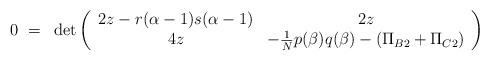
LaTeX: \begin{align*}0 ~=~ \det \left(\begin{array}{cc}2z-r(\alpha-1)s(\alpha-1) & 2z \\4z & - {\mbox{\small{$\frac{1}{N}$}}} p(\beta)q(\beta) - (\Pi_{B2} + \Pi_{C2})\\\end{array}\right)\end{align*}